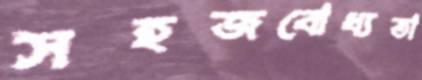
সহজবোধ্যতা